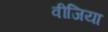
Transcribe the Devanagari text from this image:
वीजिया